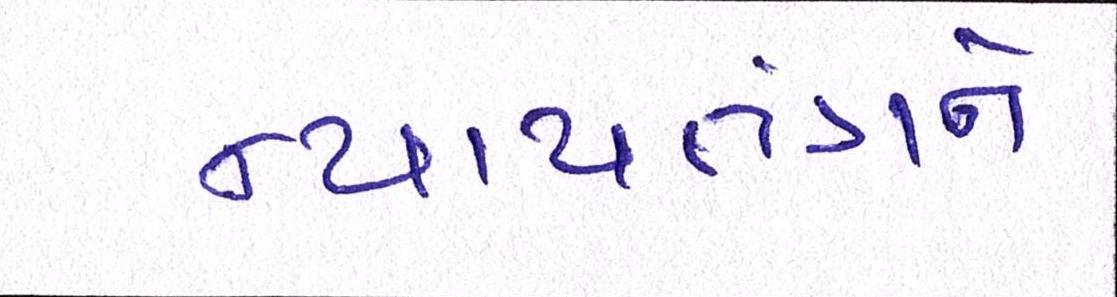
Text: ન્યાયતંત્રને